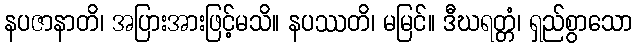
နပဇာနာတိ၊ အပြားအားဖြင့်မသိ။ နပဿတိ၊ မမြင်။ ဒီဃရတ္တံ၊ ရှည်စွာသော